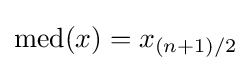
\operatorname {med} (x)=x_{(n+1)/2}